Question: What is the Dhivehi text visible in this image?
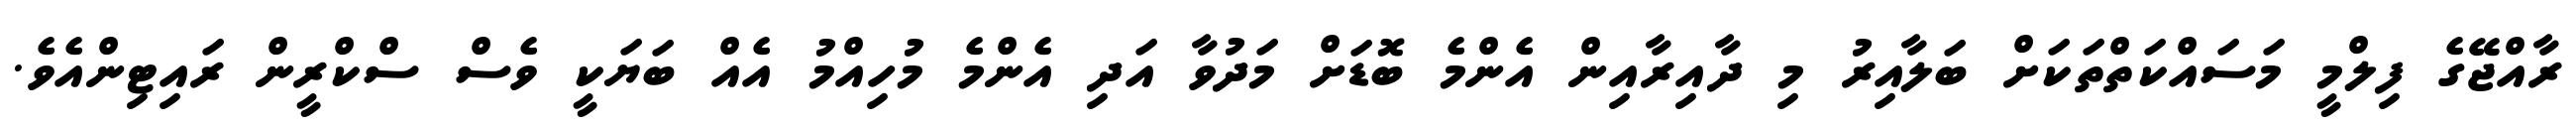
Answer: ރާއްޖޭގެ ފިލްމީ މަސައްކަތްތަކަށް ބަލާއިރު މި ދާއިރާއިން އެންމެ ބޮޑަށް މަދުވާ އަދި އެންމެ މުހިއްމު އެއް ބަޔަކީ ވެސް ސްކްރީން ރައިޓިންއެވެ.